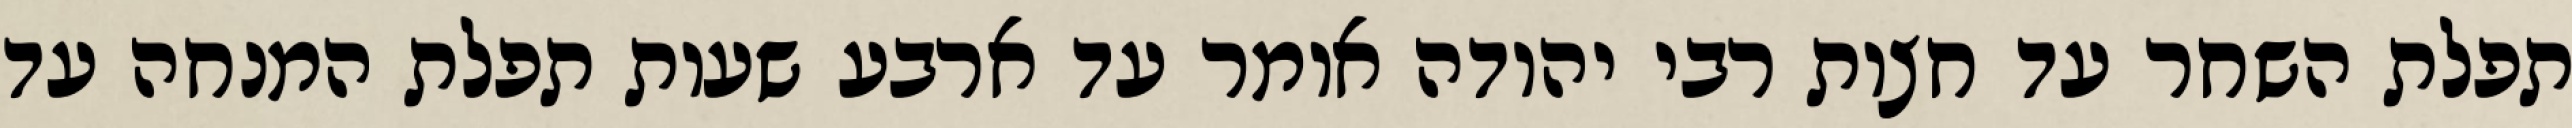
תפלת השחר עד חצות רבי יהודה אומר עד ארבע שעות תפלת המנחה עד